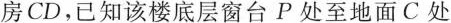
房CD，已知该楼底层窗台P处至地面C处